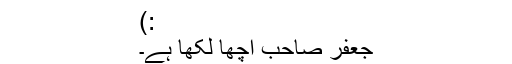
:)
جعفر صاحب اچھا لکھا ہے۔